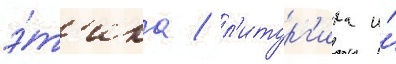
э́т'ика / л'итург'ика и́